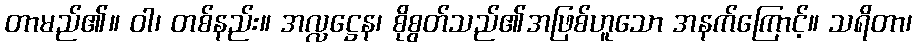
တာမည်၏။ ဝါ၊ တစ်နည်း။ အလ္လဋ္ဌေန၊ စိုစွတ်သည်၏အဖြစ်ဟူသော အနက်ကြောင့်။ သရိတာ၊